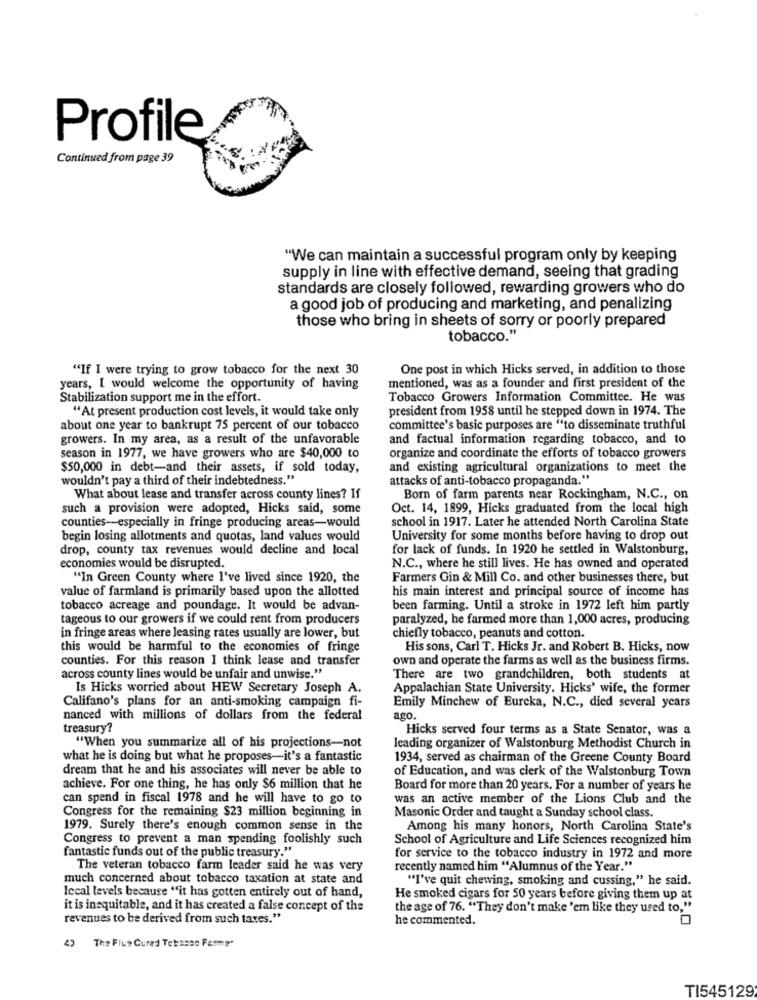
Profile
Continued from page 39
"We can maintain a successful program only by keeping
supply in line with effective demand, seeing that grading
standards are closely followed, rewarding growers who do
a good job of producing and marketing, and penalizing
those who bring in sheets of sorry or poorly prepared
tobacco."
"If I were trying to grow tobacco for the next 30
One post in which Hicks served, in addition to those
years, I would welcome the opportunity of having
mentioned, was as a founder and first president of the
Stabilization support me in the effort.
Tobacco Growers Information Committee. He was
"At present production cost levels, it would take only
president from 1958 until he stepped down in 1974. The
about one year to bankrupt 75 percent of our tobacco
committee's basic purposes are "to disseminate truthful
growers. In my area, as a result of the unfavorable
and factual information regarding tobacco, and to
season in 1977, we have growers who are $40,000 to
organize and coordinate the efforts of tobacco growers
$50,000 in debt-and their assets, if sold today,
and existing agricultural organizations to meet the
wouldn't pay a third of their indebtedness."
attacks of anti-tobacco propaganda."
What about lease and transfer across county lines? If
Born of farm parents near Rockingham, N.C ., on
such a provision were adopted, Hicks said, some
Oct. 14, 1899, Hicks graduated from the local high
school in 1917. Later he attended North Carolina State
counties-especially in fringe producing areas-would
begin losing allotments and quotas, land values would
University for some months before having to drop out
drop, county tax revenues would decline and local
for lack of funds. In 1920 he settled in Walstonburg,
economies would be disrupted.
N.C ., where he still lives. He has owned and operated
"In Green County where I've lived since 1920, the
Farmers Gin & Mill Co. and other businesses there, but
value of farmland is primarily based upon the allotted
his main interest and principal source of income has
tobacco acreage and poundage. It would be advan-
been farming. Until a stroke in 1972 left him partly
tageous to our growers if we could rent from producers
paralyzed, he farmed more than 1,000 acres, producing
in fringe areas where leasing rates usually are lower, but
chiefly tobacco, peanuts and cotton.
this would be harmful to the economies of fringe
His sons, Carl T. Hicks Jr. and Robert B. Hicks, now
counties. For this reason I think lease and transfer
own and operate the farms as well as the business firms.
across county lines would be unfair and unwise."
There are two grandchildren, both students at
Is Hicks worried about HEW Secretary Joseph A.
Appalachian State University. Hicks' wife, the former
Califano's plans for an anti-smoking campaign fi-
Emily Minchew of Eureka, N.C ., died several years
nanced with millions of dollars from the federal
ago
treasury?
Hicks served four terms as a State Senator, was a
"When you summarize all of his projections-not
leading organizer of Walstonburg Methodist Church in
what he is doing but what he proposes-it's a fantastic
1934, served as chairman of the Greene County Board
dream that he and his associates will never be able to
of Education, and was clerk of the Walstonburg Town
achieve. For one thing, he has only $6 million that he
Board for more than 20 years. For a number of years he
can spend in fiscal 1978 and he will have to go to
was an active member of the Lions Club and the
Congress for the remaining $23 million beginning in
Masonic Order and taught a Sunday school class.
1979. Surely there's enough common sense in the
Among his many honors, North Carolina State's
Congress to prevent a man spending foolishly such
School of Agriculture and Life Sciences recognized him
fantastic funds out of the public treasury."
for service to the tobacco industry in 1972 and more
The veteran tobacco farm leader said he was very
recently named him "Alumnus of the Year."
much concerned about tobacco taxation at state and
"I've quit chewing, smoking and cussing," he said.
lecal levels because "it has gotten entirely out of hand,
He smoked cigars for 50 years before giving them up at
it is inequitable, and it has created a false concept of the
the age of 76. "They don't make 'em like they used to,"
revenues to be derived from such taxes."
he commented.
The Flus Cured Tebasso Ferme"
TI545129